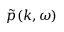
\tilde { p } ( k , \omega )